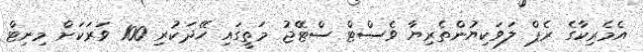
އެމެރިކާގެ ރެޕް ލަވަކިޔުންތެރިޔާ ވެސްޓް ސްޓޭޖު މަތީގައި ހޭދަކުރި 100 ވަރަކަށް މިނިޓް